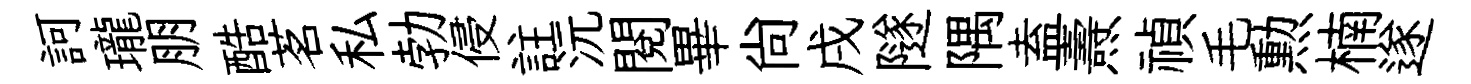
訶瓏朋酷茗私勃侵註沅閲畢尚戌隧隅盍燾禎毛勲楠遂